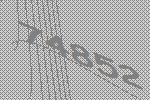
74852